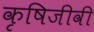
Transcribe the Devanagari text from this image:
कृषिजीवी